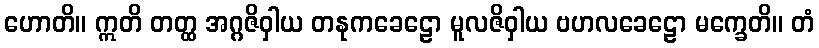
ဟောတိ။ ဣတိ တတ္ထ အဂ္ဂဇိဝှါယ တနုကခေဠော မူလဇိဝှါယ ဗဟလခေဠော မက္ခေတိ။ တံ